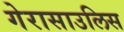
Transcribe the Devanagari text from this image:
गेरासाउलिस